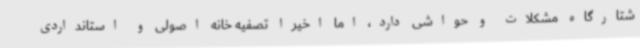
شتارگاه مشکلات و حواشی دارد، اما اخیرا تصفیه خانه اصولی و استانداردی